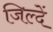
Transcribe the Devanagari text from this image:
जिल्दें